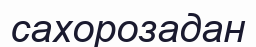
сахорозадан